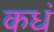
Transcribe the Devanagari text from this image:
कधं